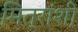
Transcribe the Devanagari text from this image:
मित्रांशी